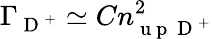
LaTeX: \Gamma_{\mathrm{~D~}^{+}}\simeq Cn_{\mathrm{~u~p~}\mathrm{~D~}^{+}}^{2}